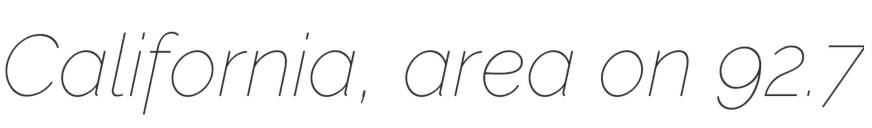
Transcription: California, area on 92.7